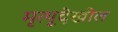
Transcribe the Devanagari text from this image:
मृत्यूदेखील